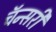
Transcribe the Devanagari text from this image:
चॅन्सरी